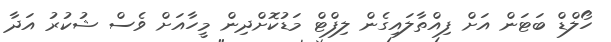
ހޯލްޑް ބަޓަން އަށް ފިއްތާލައިގެން ލިފްޓް މަޑުކޮށްދިން މީހާއަށް ވެސް ޝުކުރު އަދާ